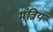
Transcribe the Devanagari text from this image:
मंत्रियं